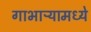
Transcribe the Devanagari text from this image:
गाभाऱ्यामध्ये